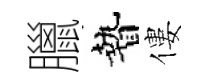
臘贄僂